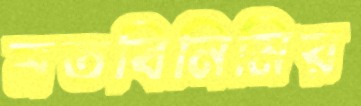
মতবিনিমিয়